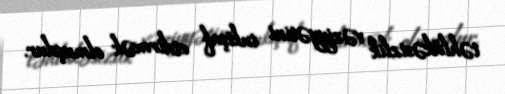
təhlükəsizlik vəziyyətini inkişaf etdirmək olmuşdur.